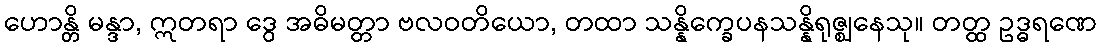
ဟောန္တိ မန္ဒာ, ဣတရာ ဒွေ အဓိမတ္တာ ဗလဝတိယော, တထာ သန္နိက္ခေပနသန္နိရုဇ္ဈနေသု။ တတ္ထ ဥဒ္ဓရဏေ